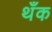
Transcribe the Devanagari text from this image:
थँक